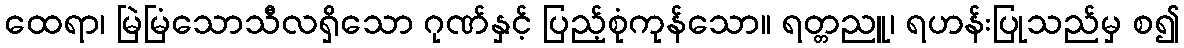
ထေရာ၊ မြဲမြံသောသီလရှိသော ဂုဏ်နှင့် ပြည့်စုံကုန်သော။ ရတ္တညူ၊ ရဟန်းပြုသည်မှ စ၍